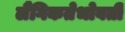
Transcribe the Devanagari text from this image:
लैंगिकतेभोवती